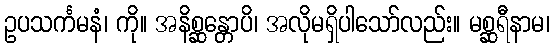
ဥပသင်္ကမနံ၊ ကို။ အနိစ္ဆန္တောပိ၊ အလိုမရှိပါသော်လည်း။ မစ္ဆရီနာမ၊